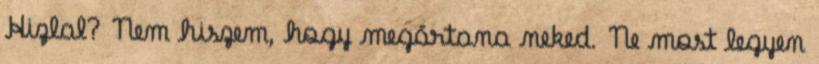
Hizlal? Nem hiszem, hogy megártana neked. Ne most legyen